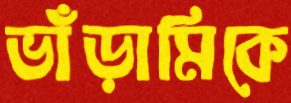
ভাঁড়ামিকে